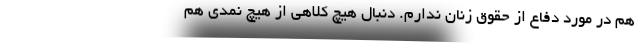
هم در مورد دفاع از حقوق زنان ندارم. دنبال هیچ کلاهی از هیچ نمدی هم